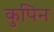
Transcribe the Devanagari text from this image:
कुपिन